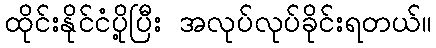
ထိုင်းနိုင်ငံပို့ပြီး အလုပ်လုပ်ခိုင်းရတယ်။